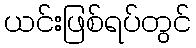
ယင်းဖြစ်ရပ်တွင်